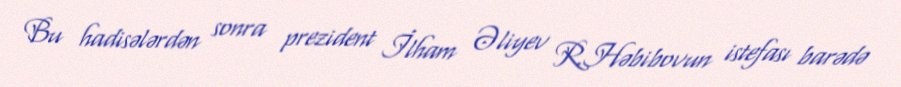
Bu hadisələrdən sonra prezident İlham Əliyev R.Həbibovun istefası barədə